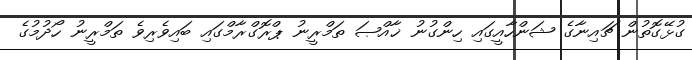
ގުޅޭގޮތުން ޗައިނާގެ ޝަންހާއީގައި ހިންގުނު ޚާއްޞަ ތަމްރީނު ޕްރޮގްރާމްގައި ބައިވެރިވެ ތަމްރީނު ހޯދުމުގެ